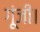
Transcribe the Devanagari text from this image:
गूंजी।